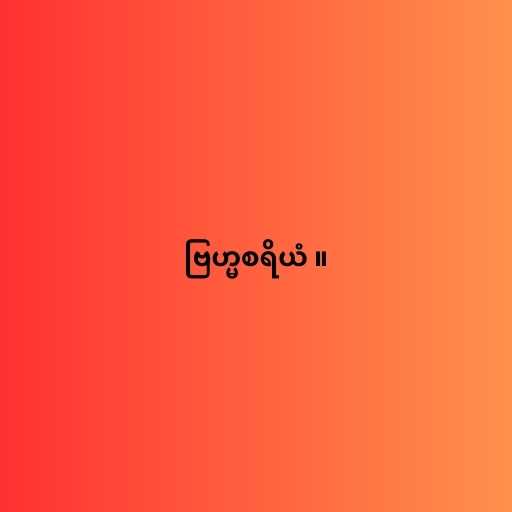
ဗြဟ္မစရိယံ ။